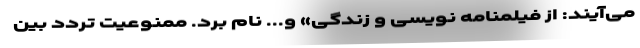
می‌آیند: از فیلمنامه نویسی و زندگی» و... نام برد. ممنوعیت تردد بین